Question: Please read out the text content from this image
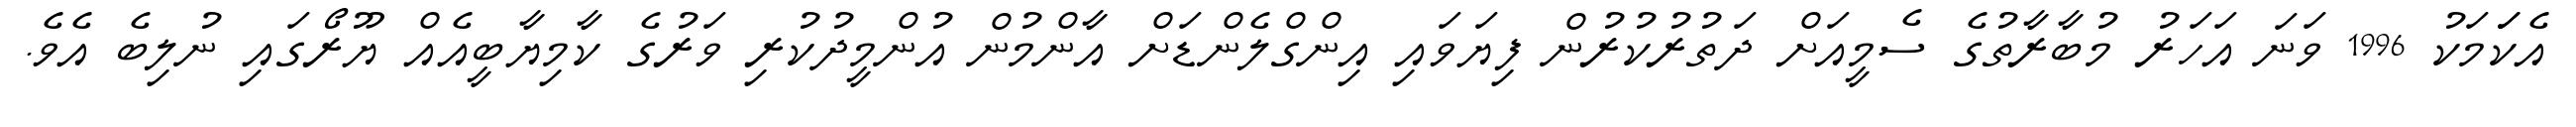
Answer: އެކަަމަކު 1996 ވަނަ އަހަރު މުބާރާތުގެ ސެމީއަށް ދަތުރުކުރުން ފިޔަވައި އިންގްލެންޑަށް އާންމުން އުންމީދުކުރި ވަރުގެ ކާމިޔާބީއެއް ޔޫރޯގައި ނުލިބެ އެވެ.